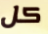
كل